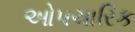
ઓપચારિક